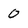
Character: 0